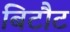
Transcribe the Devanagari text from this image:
बिटौट